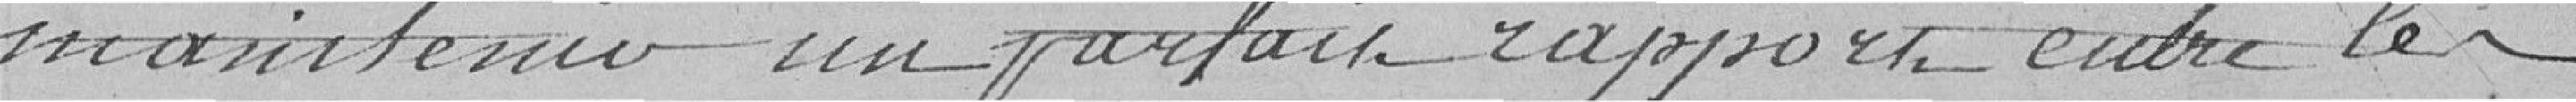
maintenir un parfait rapport entre les